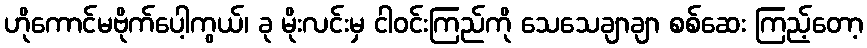
ဟိုကောင်မဗိုက်ပေါ့ကွယ်၊ ခု မိုးလင်းမှ ငါဝင်းကြည်ကို သေသေချာချာ စစ်ဆေး ကြည့်တော့